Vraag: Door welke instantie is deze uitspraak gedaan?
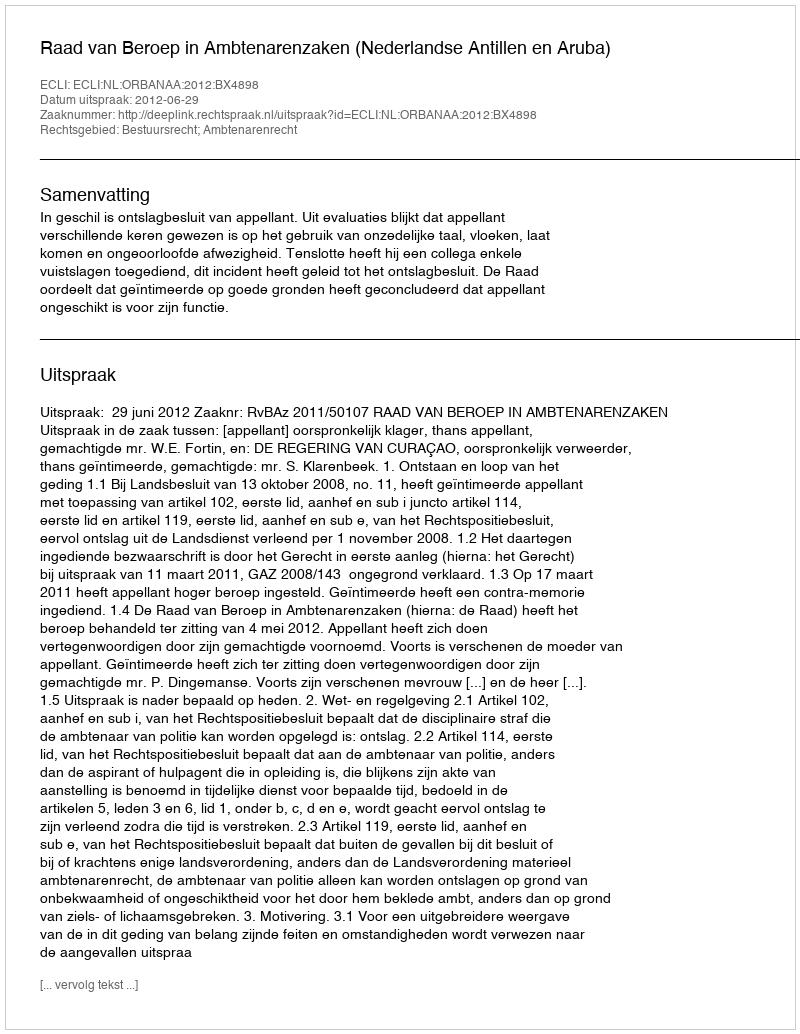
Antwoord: Raad van Beroep in Ambtenarenzaken (Nederlandse Antillen en Aruba)